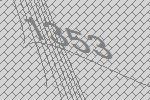
1353